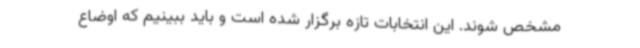
مشخص شوند. این انتخابات تازه برگزار شده است و باید ببینیم که اوضاع